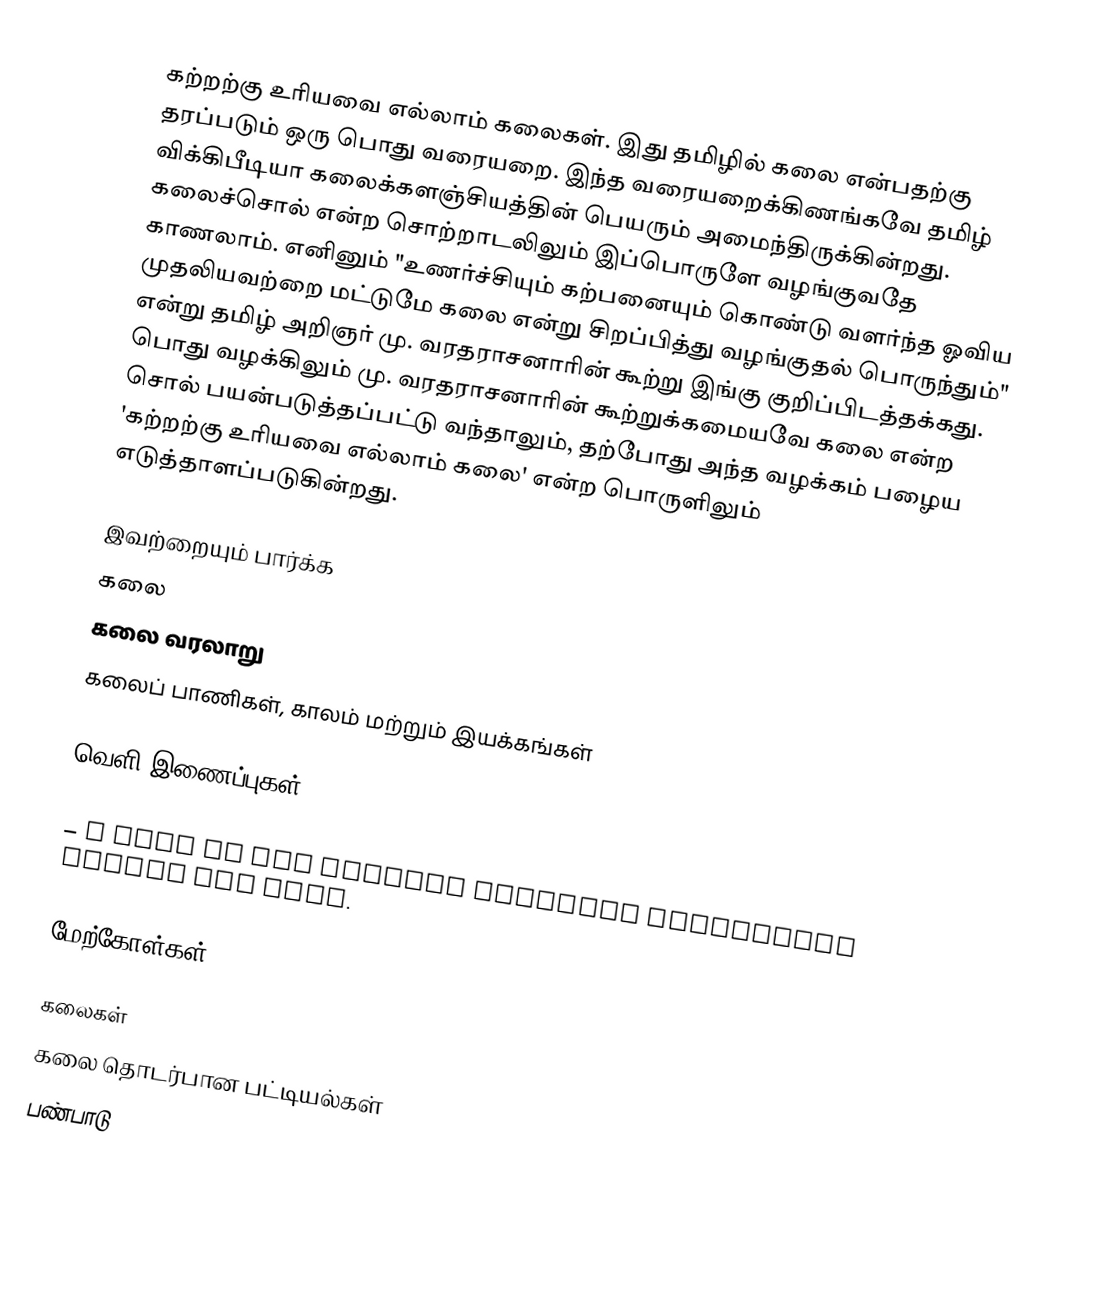
கற்றற்கு உரியவை எல்லாம் கலைகள். இது தமிழில் கலை என்பதற்கு தரப்படும் ஒரு பொது வரையறை. இந்த வரையறைக்கிணங்கவே தமிழ் விக்கிபீடியா கலைக்களஞ்சியத்தின் பெயரும் அமைந்திருக்கின்றது.  கலைச்சொல் என்ற சொற்றாடலிலும் இப்பொருளே வழங்குவதே காணலாம்.  எனினும் "உணர்ச்சியும் கற்பனையும் கொண்டு வளர்ந்த ஓவிய முதலியவற்றை மட்டுமே கலை என்று சிறப்பித்து வழங்குதல் பொருந்தும்" என்று தமிழ் அறிஞர் மு. வரதராசனாரின் கூற்று இங்கு குறிப்பிடத்தக்கது. பொது வழக்கிலும் மு. வரதராசனாரின் கூற்றுக்கமையவே கலை என்ற சொல் பயன்படுத்தப்பட்டு வந்தாலும், தற்போது அந்த வழக்கம் பழைய 'கற்றற்கு உரியவை எல்லாம் கலை' என்ற பொருளிலும் எடுத்தாளப்படுகின்றது.

இவற்றையும் பார்க்க
 கலை
 கலை வரலாறு
 கலைப் பாணிகள், காலம் மற்றும் இயக்கங்கள்

வெளி இணைப்புகள்

  – A look at how general economic principles govern the arts.

மேற்கோள்கள்

கலைகள்
கலை தொடர்பான பட்டியல்கள்
பண்பாடு